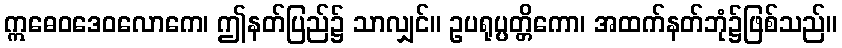
ဣဓေဝဒေဝလောကေ၊ ဤနတ်ပြည်၌ သာလျှင်။ ဥပရုပ္ပတ္တိကော၊ အထက်နတ်ဘုံ၌ဖြစ်သည်။